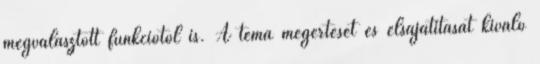
megválasztott funkciótól is. A téma megértését és elsajátítását kiváló